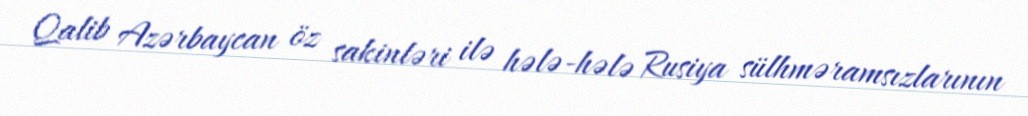
Qalib Azərbaycan öz sakinləri ilə hələ-hələ Rusiya sülhməramsızlarının